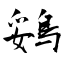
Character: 鵎